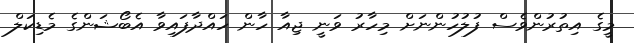
މީގެ އިތުރުންވެސް ފުލުހުންނަށް މިހާރު ވަނީ ޖިއާ ހާން ހައްދާފައިވާ އެބޯޝަންގެ މެޑިކަލް